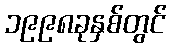
၁၉၉၈ခုနှစ်တွင်